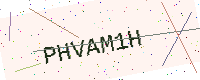
Text: PHVAM1H